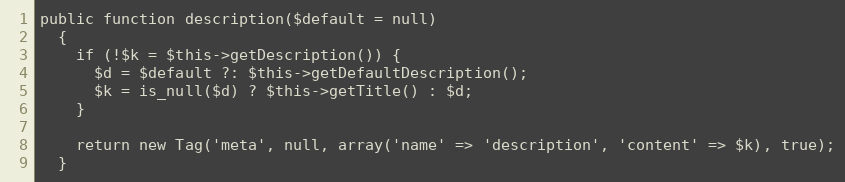
Language: PHP
public function description($default = null)
  {
    if (!$k = $this->getDescription()) {
      $d = $default ?: $this->getDefaultDescription();
      $k = is_null($d) ? $this->getTitle() : $d;
    }

    return new Tag('meta', null, array('name' => 'description', 'content' => $k), true);
  }